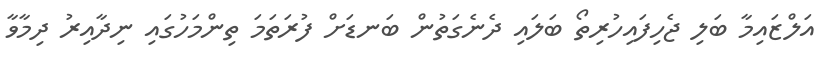
އަލްޒައިމާ ބަލި ޖެހިފައިހުރިތޯ ބަލައި ދެނެގަތުން ބަނޑަށް ފުރަތަމަ ތިންމަހުގައި ނިދާއިރު ދިމާވާ